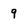
Character: 9